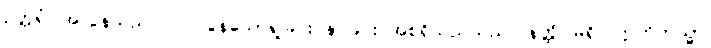
ဥတ္တရံ၊ အလွန်သည်။ ဝါ၊ လွန်သောရှုခြင်း နာခြင်း အစရှိသည်သည်။ နတ္ထိ၊ မရှိ။ ဣတိတသ္မာ၊